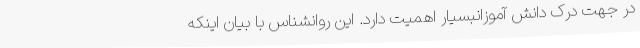
در جهت درک دانش آموزانبسیار اهمیت دارد. این روانشناس با بیان اینکه